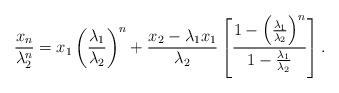
LaTeX: \begin{align*}\frac{x_n}{\lambda_2^n}=x_1\left(\frac{\lambda_1}{\lambda_2}\right)^n+\frac{x_2-\lambda_1x_1}{\lambda_2}\left[\frac{1-\left(\frac{\lambda_1}{\lambda_2}\right)^n}{1-\frac{\lambda_1}{\lambda_2}}\right].\end{align*}